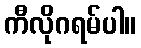
ကီလိုဂရမ်ပါ။